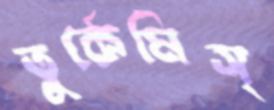
তুর্কেমিস্